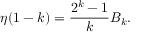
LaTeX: \eta ( 1 - k ) = { \frac { 2 ^ { k } - 1 } { k } } B _ { k } .